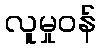
လူမှုဝန်